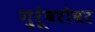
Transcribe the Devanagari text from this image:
गुरूंबरोबर